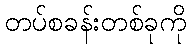
တပ်စခန်းတစ်ခုကို